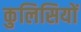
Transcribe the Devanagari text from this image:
कुलिसियों